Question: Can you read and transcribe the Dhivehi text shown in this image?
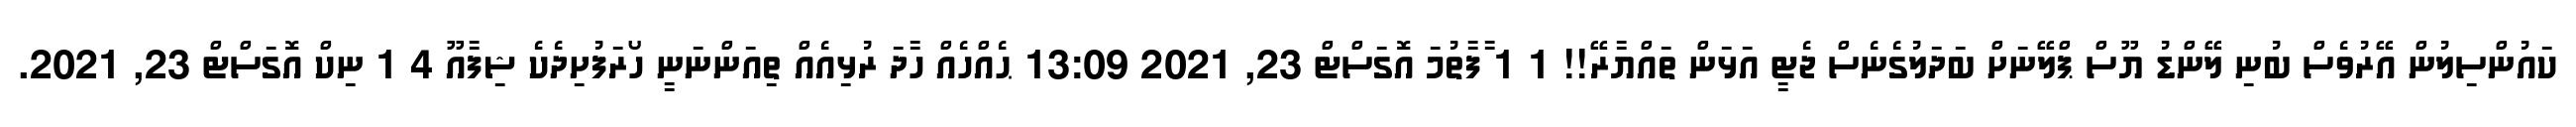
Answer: ކައުންސިލުން އޭރުވެސް ބުނި ލޭންޑު ޔޫސް ޕްލޭނަށް ބަދަލުގެނެސް ޖެޓީ އަޅަން ތައްޔާރޭ!! 1 1 ާފާތުމަ އޮގަސްޓް 23, 2021 13:09 ޙެއްހެއް ހާދަ ރުޅިއެއް ތިއަންނަނީ ހޯރަފުށިދެކެ ޝިފާއޫ 4 1 ނިކް އޮގަސްޓް 23, 2021.